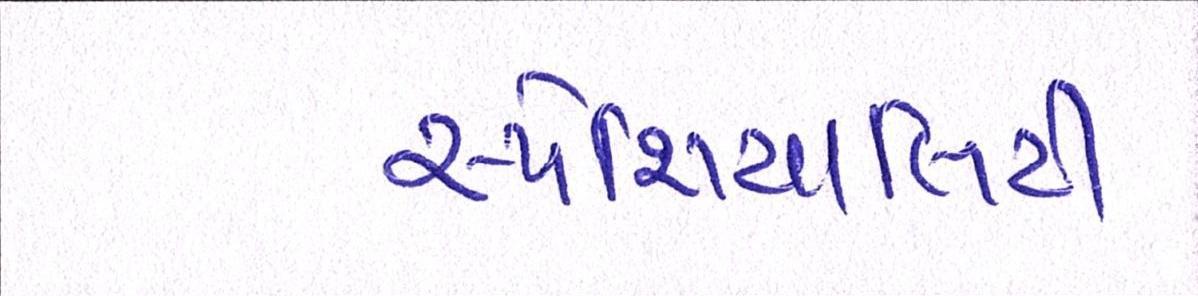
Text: સ્પેશિયાલિટી